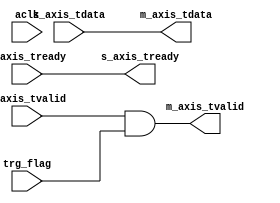

`timescale 1 ns / 1 ps

module axis_validator #
(
  parameter integer AXIS_TDATA_WIDTH = 32
)
(
  // System signals
  input  wire                        aclk,

  input  wire                        trg_flag,

  // Slave side
  output wire                        s_axis_tready,
  input  wire [AXIS_TDATA_WIDTH-1:0] s_axis_tdata,
  input  wire                        s_axis_tvalid,

  // Master side
  input  wire                        m_axis_tready,
  output wire [AXIS_TDATA_WIDTH-1:0] m_axis_tdata,
  output wire                        m_axis_tvalid
);

  assign s_axis_tready = m_axis_tready;
  assign m_axis_tdata = s_axis_tdata;
  assign m_axis_tvalid = s_axis_tvalid & trg_flag;

endmodule